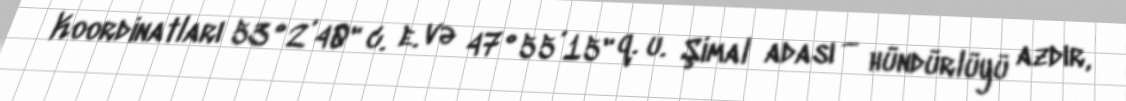
Koordinatları 53°2’40" c. e. və 47°55’15" q. u. Şimal adası — hündürlüyü azdır,